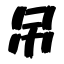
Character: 吊